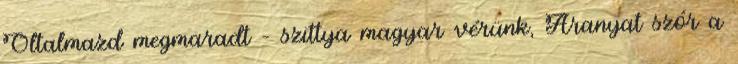
Oltalmazd megmaradt – szittya magyar vérünk, Aranyat szór a